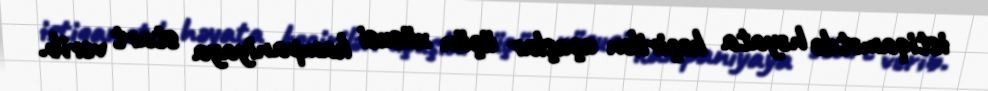
istiqamətdə həyata keçirilən uçuşlar üçün xüsusi kampaniyaya start verib.